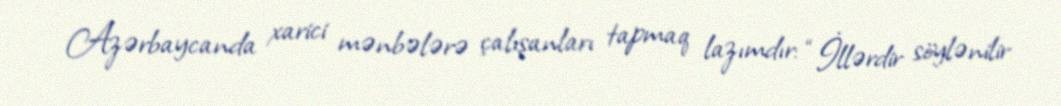
Azərbaycanda xarici mənbələrə çalışanları tapmaq lazımdır: “İllərdir söylənilir